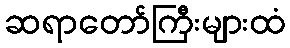
ဆရာတော်ကြီးများထံ